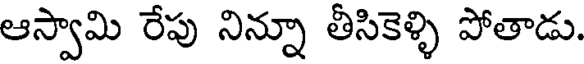
ఆస్వామి రేపు నిన్నూ తీసికెళ్ళి పోతాడు.